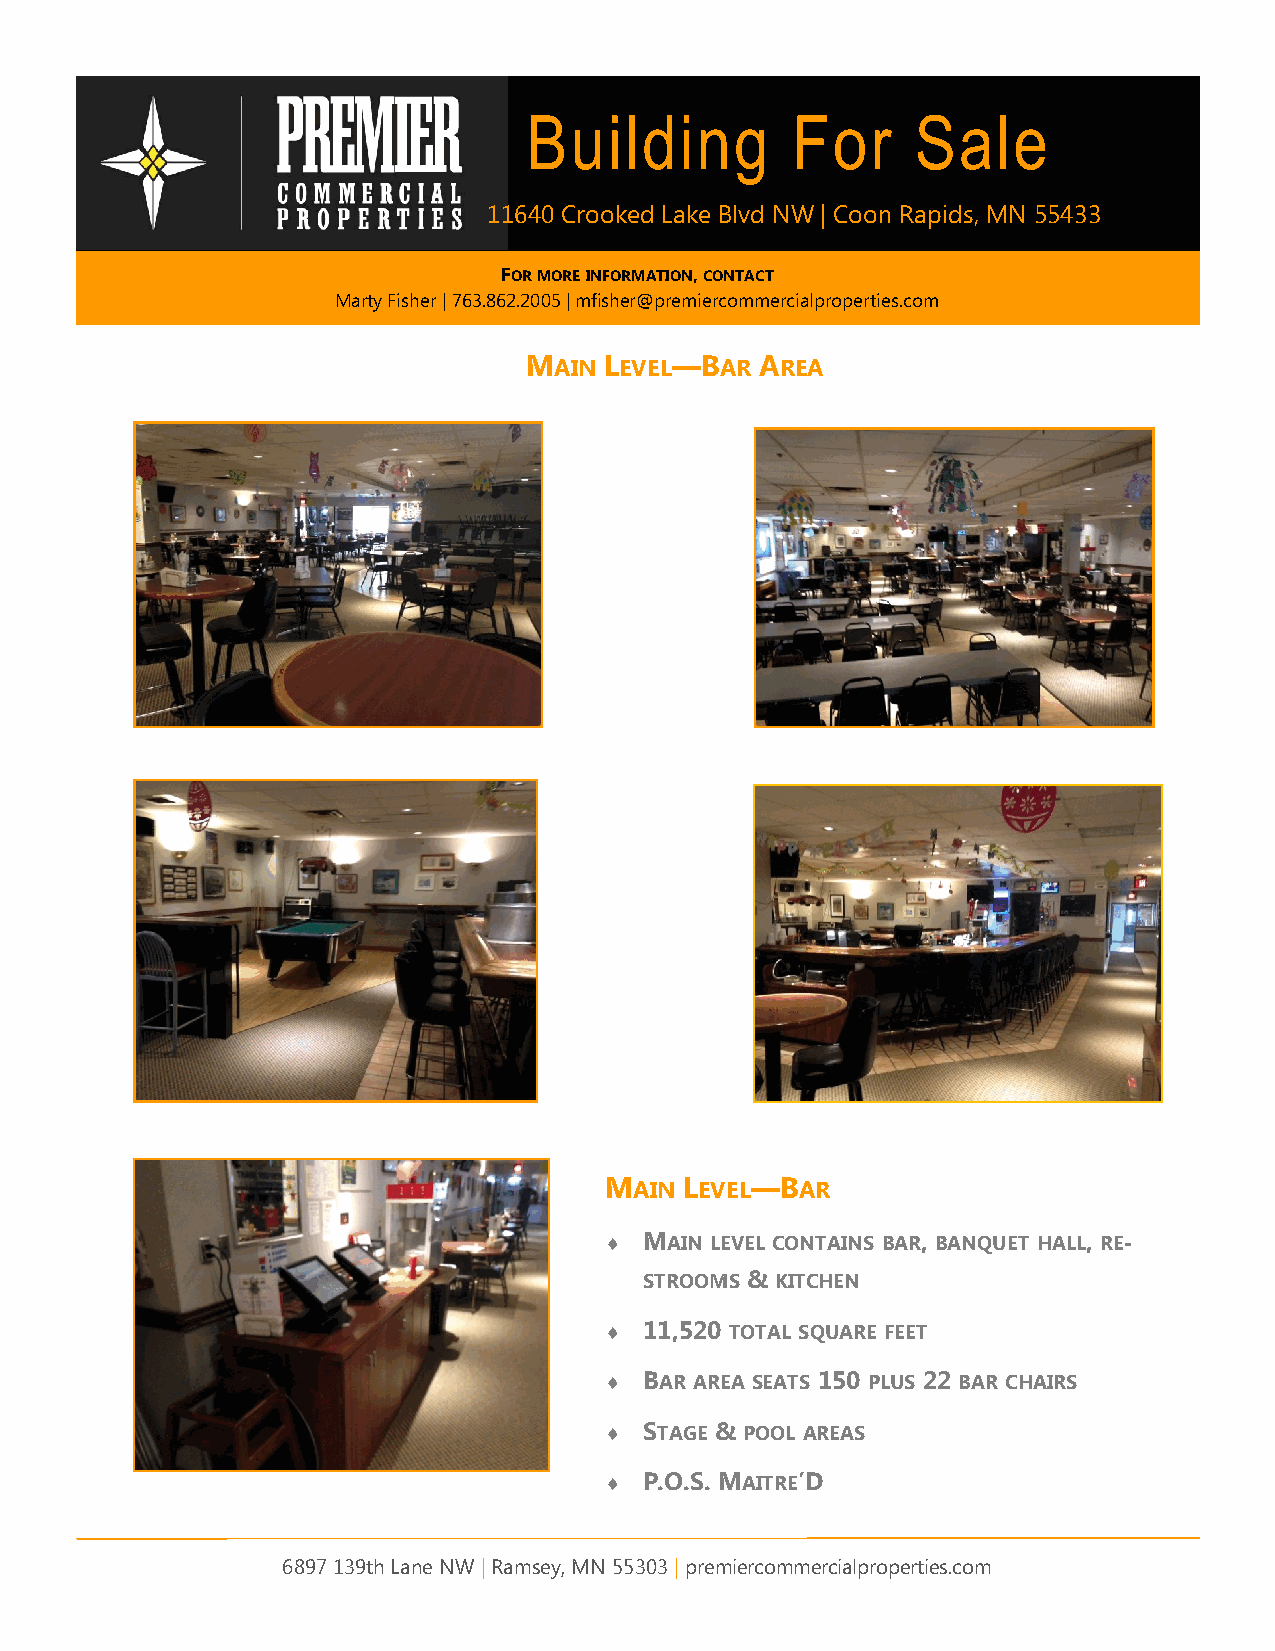
Building         For      Sale
 11640 Crooked Lake Blvd NW | Coon Rapids, MN 55433
 FOR MORE INFORMATION, CONTACT
 Marty Fisher | 763.862.2005 | mfisher@premiercommercialproperties.com
 MAIN LEVEL—BAR AREA
 MAIN LEVEL—BAR
   MAIN LEVEL CONTAINS BAR, BANQUET HALL, RE-
 STROOMS & KITCHEN
   11,520 TOTAL SQUARE FEET
   BAR AREA SEATS 150 PLUS 22 BAR CHAIRS
   STAGE & POOL AREAS
   P.O.S. MAITRE’D
 6897 139th Lane NW | Ramsey, MN 55303 | premiercommercialproperties.com